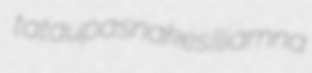
tataupa snakes Iliamna